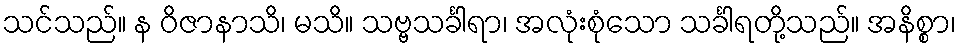
သင်သည်။ န ဝိဇာနာသိ၊ မသိ။ သဗ္ဗသင်္ခါရာ၊ အလုံးစုံသော သင်္ခါရတို့သည်။ အနိစ္စာ၊